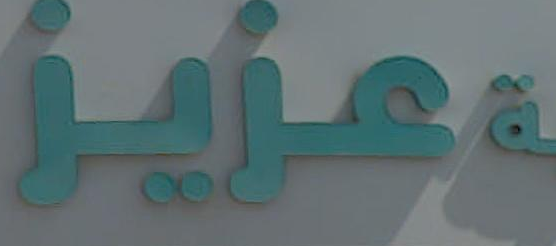
وعزيز